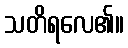
သတိရလေ၏။